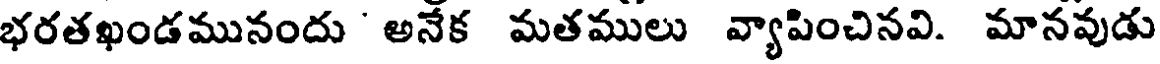
భరతఖండమునందు ' అనేక మతములు వ్యాపించినవి. మానవుడు